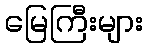
မြေကြီးများ